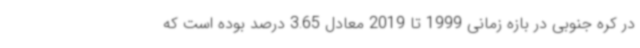
در کره جنوبی در بازه زمانی 1999 تا 2019 معادل 3.65 درصد بوده است که